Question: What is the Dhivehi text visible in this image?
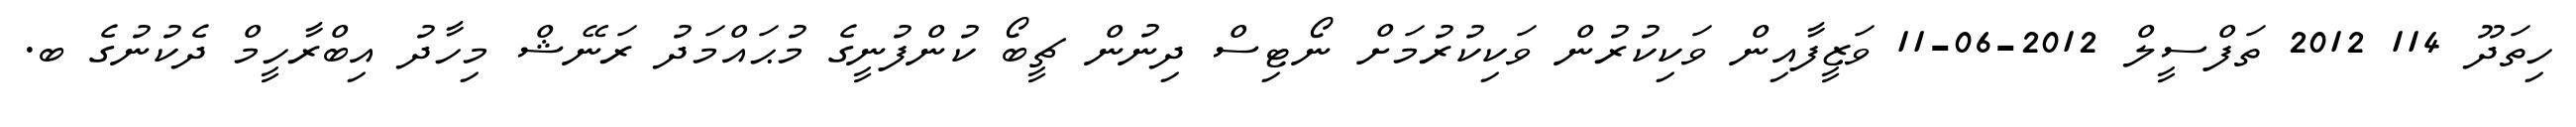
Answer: ހިތަދޫ 114 2012 ތަފްސީލް 2012-06-11 ވަޒީފާއިން ވަކިކުރުން ވަކިކުރުމަށް ނޯޓިސް ދިނުން ޗީބޯ ކުންފުނީގެ މުޙައްމަދު ރަނޭޝް މިހާދު އިބްރާހީމް ދެކުނުގެ ބ.